Civil Veterinary Dept. Bombay admin report 1914-1922 - 1914-1922
Year: 1914
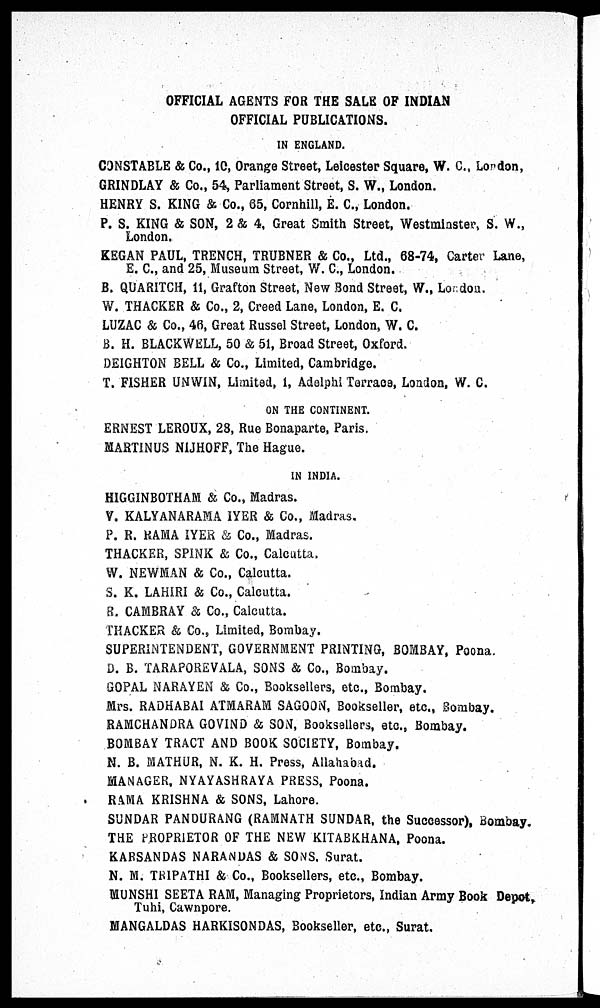
OFFICIAL AGENTS FOR THE SALE OF INDIAN
OFFICIAL PUBLICATIONS.
IN ENGLAND.
CONSTABLE & Co., 10, Orange Street, Leicester Square, W. C., London,
GRINDLAY & Co., 54, Parliament Street, S. W., London.
HENRY S. KING & Co., 65, Cornhill, E. C., London.
P. S. KING & SON, 2 & 4, Great Smith Street, Westminster, S. W.,
London.
KEGAN PAUL, TRENCH, TRUBNER & Co., Ltd., 68-74, Carter Lane,
E. C., and 25, Museum Street, W. C., London.
B. QUARITCH, 11, Grafton Street, New Bond Street, W., London.
W. THACKER & Co., 2, Creed Lane, London, E. C.
LUZAC & Co., 46, Great Russel Street, London, W. C.
B. H. BLACKWELL, 50 & 51, Broad Street, Oxford.
DEIGHTON BELL & Co., Limited, Cambridge.
T. FISHER UNWIN, Limited, 1, Adelphi Terrace, London, W. C.
ON THE CONTINENT.
ERNEST LEROUX, 28, Rue Bonaparte, Paris.
MARTINUS NIJHOFF, The Hague.
IN INDIA.
HIGGINBOTHAM & Co., Madras.
V. KALYANARAMA IYER & Co., Madras.
P. R. RAMA IYER & Co., Madras.
THACKER, SPINK & Co., Calcutta.
W. NEWMAN & Co., Calcutta.
S. K. LAHIRI & Co., Calcutta.
R. CAMBRAY & Co., Calcutta.
THACKER & Co., Limited, Bombay.
SUPERINTENDENT, GOVERNMENT PRINTING, BOMBAY, Poona.
D. B. TARAPOREVALA, SONS & Co., Bombay.
GOPAL NARAYEN & Co., Booksellers, etc., Bombay.
Mrs. RADHABAI ATMARAM SAGOON, Bookseller, etc., Bombay.
RAMCHANDRA GOVIND & SON, Booksellers, etc., Bombay.
BOMBAY TRACT AND BOOK SOCIETY, Bombay.
N. B. MATHUR, N. K. H. Press, Allahabad.
MANAGER, NYAYASHRAYA PRESS, Poona.
RAMA KRISHNA & SONS, Lahore.
SUNDAR PANDURANG (RAMNATH SUNDAR, the Successor), Bombay.
THE PROPRIETOR OF THE NEW KITABKHANA, Poona.
KARSANDAS NARANDAS & SONS, Surat.
N. M. TRIPATHI & Co., Booksellers, etc., Bombay.
MUNSHI SEETA RAM, Managing Proprietors, Indian Army Book Depot,
Tuhi, Cawnpore.
MANGALDAS HARKISONDAS, Bookseller, etc., Surat.